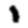
Digit: 1